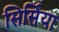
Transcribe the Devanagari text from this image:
सिर्सिया